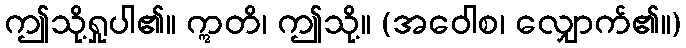
ဤသို့ရှုပါ၏။ ဣတိ၊ ဤသို့။ (အဝေါစ၊ လျှောက်၏။)